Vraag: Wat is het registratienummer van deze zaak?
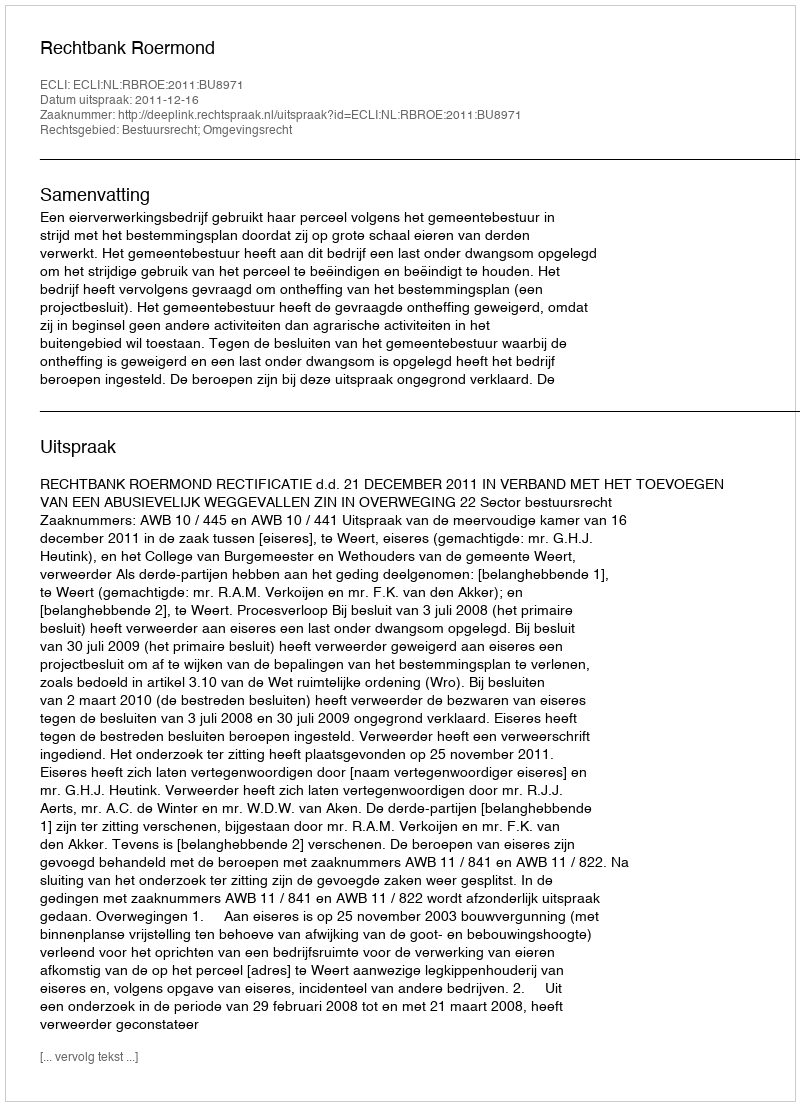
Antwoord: http://deeplink.rechtspraak.nl/uitspraak?id=ECLI:NL:RBROE:2011:BU8971